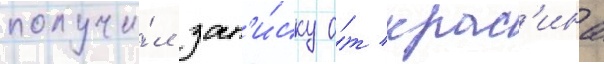
получи́л зап'и́ску о́т крас'ина